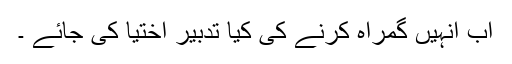
اب انہیں گمراہ کرنے کی کیا تدبیر اختیا کی جائے ۔